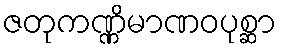
ဇတုကဏ္ဏိမာဏဝပုစ္ဆာ